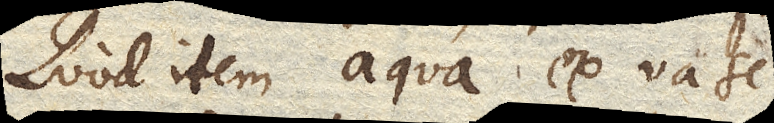
Quod item aqua ex vase